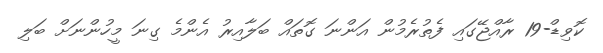
ކޮވިޑް-19 ރާއްޖޭގައި ފެތުރެމުން އަންނަ ގޮތައް ބަލާއިރު އެންމެ ގިނަ މީހުންނަށް ބަލި